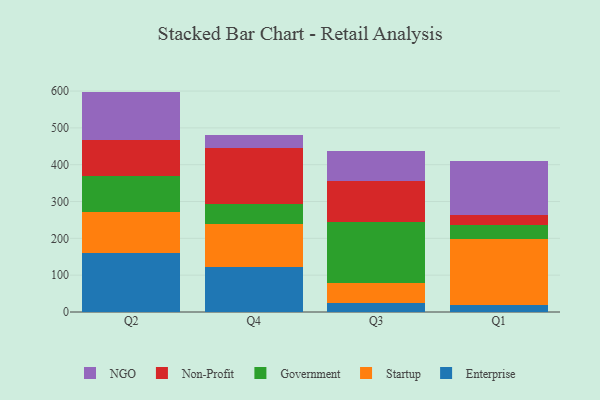
{"axis": {"x": "Quarter", "y": "Backlog"}, "legend": ["Enterprise", "Government", "NGO", "Non-Profit", "Startup"], "data": [{"x": "Q2", "y": 160.9, "type": "Enterprise"}, {"x": "Q2", "y": 111.2, "type": "Startup"}, {"x": "Q2", "y": 97.6, "type": "Government"}, {"x": "Q2", "y": 97.3, "type": "Non-Profit"}, {"x": "Q2", "y": 131.5, "type": "NGO"}, {"x": "Q4", "y": 122.6, "type": "Enterprise"}, {"x": "Q4", "y": 116.6, "type": "Startup"}, {"x": "Q4", "y": 54.1, "type": "Government"}, {"x": "Q4", "y": 150.8, "type": "Non-Profit"}, {"x": "Q4", "y": 36.7, "type": "NGO"}, {"x": "Q3", "y": 23.8, "type": "Enterprise"}, {"x": "Q3", "y": 53.7, "type": "Startup"}, {"x": "Q3", "y": 167.7, "type": "Government"}, {"x": "Q3", "y": 110.0, "type": "Non-Profit"}, {"x": "Q3", "y": 82.7, "type": "NGO"}, {"x": "Q1", "y": 18.7, "type": "Enterprise"}, {"x": "Q1", "y": 179.7, "type": "Startup"}, {"x": "Q1", "y": 38.8, "type": "Government"}, {"x": "Q1", "y": 26.4, "type": "Non-Profit"}, {"x": "Q1", "y": 147.3, "type": "NGO"}]}